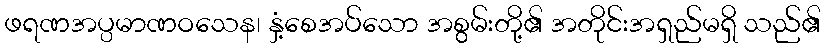
ဖရဏအပ္ပမာဏဝသေန၊ နှံ့စေအပ်သော အစွမ်းတို့၏ အတိုင်းအရှည်မရှိ သည်၏